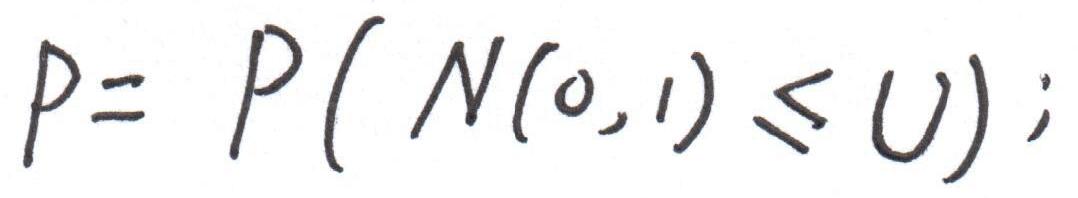
\[
p = P(N(0,1) \leq U);
\]